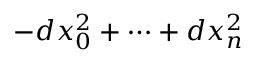
- d x _ { 0 } ^ { 2 } + \dots + d x _ { n } ^ { 2 }